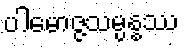
ပါမောဇ္ဇသမ္ပန္နဿ